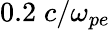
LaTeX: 0.2\; c/\omega_{pe}